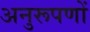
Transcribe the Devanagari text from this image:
अनुरूपणों